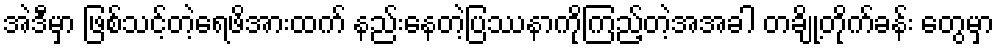
အဲဒီမှာ ဖြစ်သင့်တဲ့ရေဖိအားထက် နည်းနေတဲ့ပြဿနာကိုကြည့်တဲ့အအခါ တချို့တိုက်ခန်း တွေမှာ